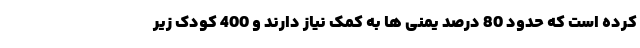
کرده است که حدود 80 درصد یمنی ها به کمک نیاز دارند و 400 کودک زیر